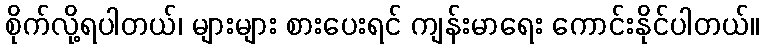
စိုက်လို့ရပါတယ်၊ များများ စားပေးရင် ကျန်းမာရေး ကောင်းနိုင်ပါတယ်။